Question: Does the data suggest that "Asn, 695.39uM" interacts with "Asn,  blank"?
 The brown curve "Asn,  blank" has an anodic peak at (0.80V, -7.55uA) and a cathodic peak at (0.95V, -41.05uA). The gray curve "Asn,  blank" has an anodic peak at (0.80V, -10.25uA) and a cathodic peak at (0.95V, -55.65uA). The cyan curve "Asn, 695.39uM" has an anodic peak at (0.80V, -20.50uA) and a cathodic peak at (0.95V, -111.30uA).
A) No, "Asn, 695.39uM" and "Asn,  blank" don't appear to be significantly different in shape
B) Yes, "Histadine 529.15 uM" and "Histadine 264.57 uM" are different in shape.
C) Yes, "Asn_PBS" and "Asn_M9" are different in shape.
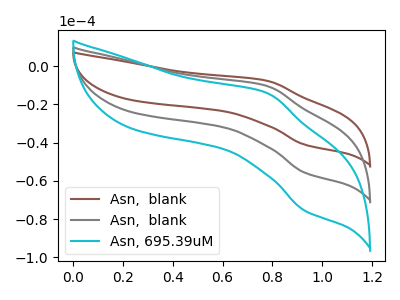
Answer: <think>All the peaks in "Asn, 695.39uM" have a peak in "Asn,  blank" at the same potential.
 </think>
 <answer>A) No, "Asn, 695.39uM" and "Asn,  blank" don't appear to be significantly different in shape</answer>
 <eval>A</eval>